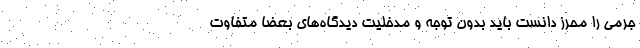
جرمی را محرز دانست باید بدون توجه و مدخلیت دیدگاه‌های بعضاً متفاوت